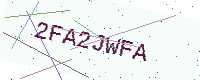
Text: 2FA2JWFA